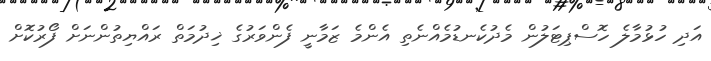
އަދި ހުޅުމާލެ ހޮސްޕިޓަލުން މެދުކެނޑުމެއްނެތި އެންމެ ޒަމާނީ ފެންވަރުގެ ޚިދުމަތް ރައްޔިތުންނަށް ފޯރުކޮށް